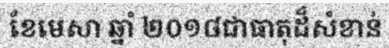
ខែមេសា ឆ្នាំ ២០១៨ជាធាតុដ៏សំខាន់